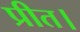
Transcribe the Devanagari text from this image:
प्रीत।